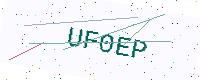
Text: UF0EP